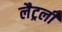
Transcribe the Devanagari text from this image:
लैट्रली